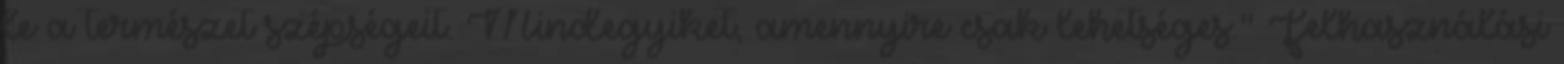
le a természet szépségeit. Mindegyiket, amennyire csak lehetséges." Felhasználási